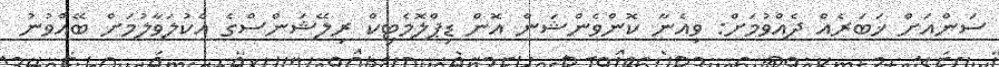
ސަންއަށް ޚަބަރެއް ދެއްވުމަށް: ވިއެނާ ކޮންވެންޝަން އޮން ޑިޕްލޮމެޓިކް ރިލޭޝަންސްގެ އެކުލަވާލުމަށް ބޭއްވުނު